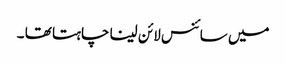
میں سائنس لائن لینا چاہتا تھا ۔